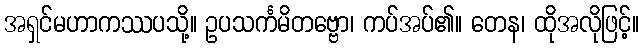
အရှင်မဟာကဿပသို့။ ဥပသင်္ကမိတဗ္ဗော၊ ကပ်အပ်၏။ တေန၊ ထိုအလိုဖြင့်။